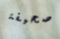
صحيفة